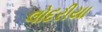
લોદરીયા